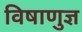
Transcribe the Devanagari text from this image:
विषाणुज्ञ